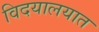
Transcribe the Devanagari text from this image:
विदयालयात